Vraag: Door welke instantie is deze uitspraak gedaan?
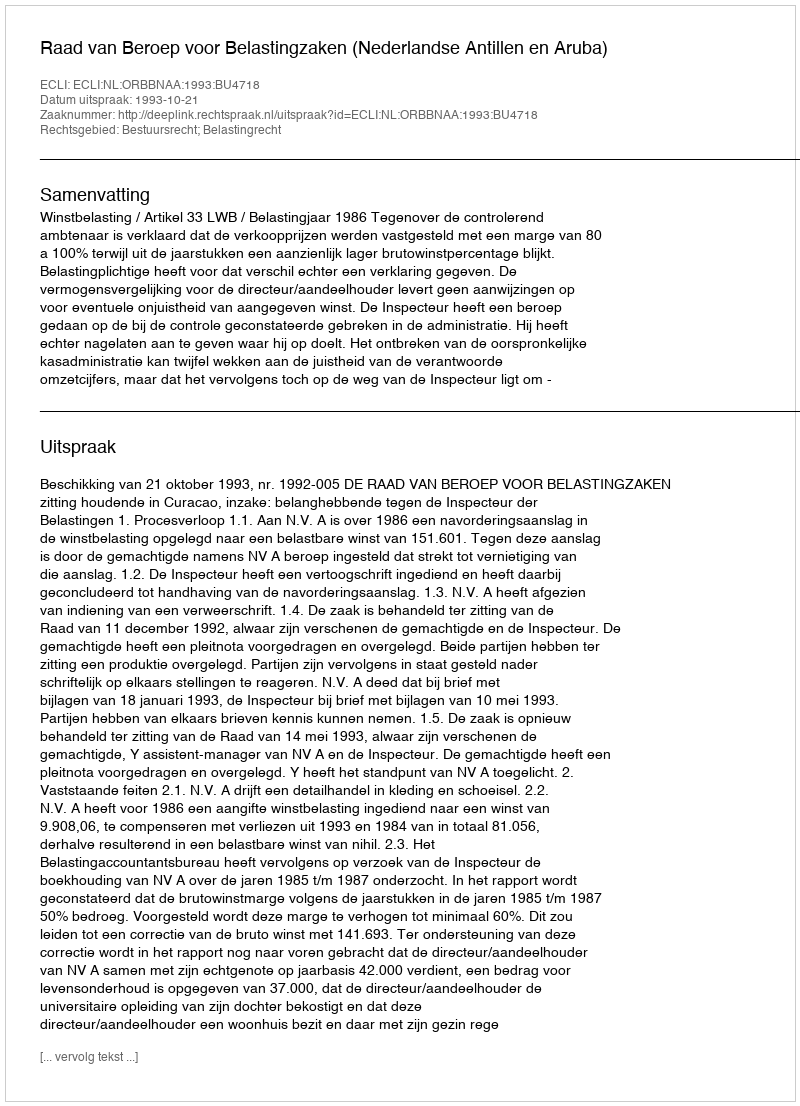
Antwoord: Raad van Beroep voor Belastingzaken (Nederlandse Antillen en Aruba)